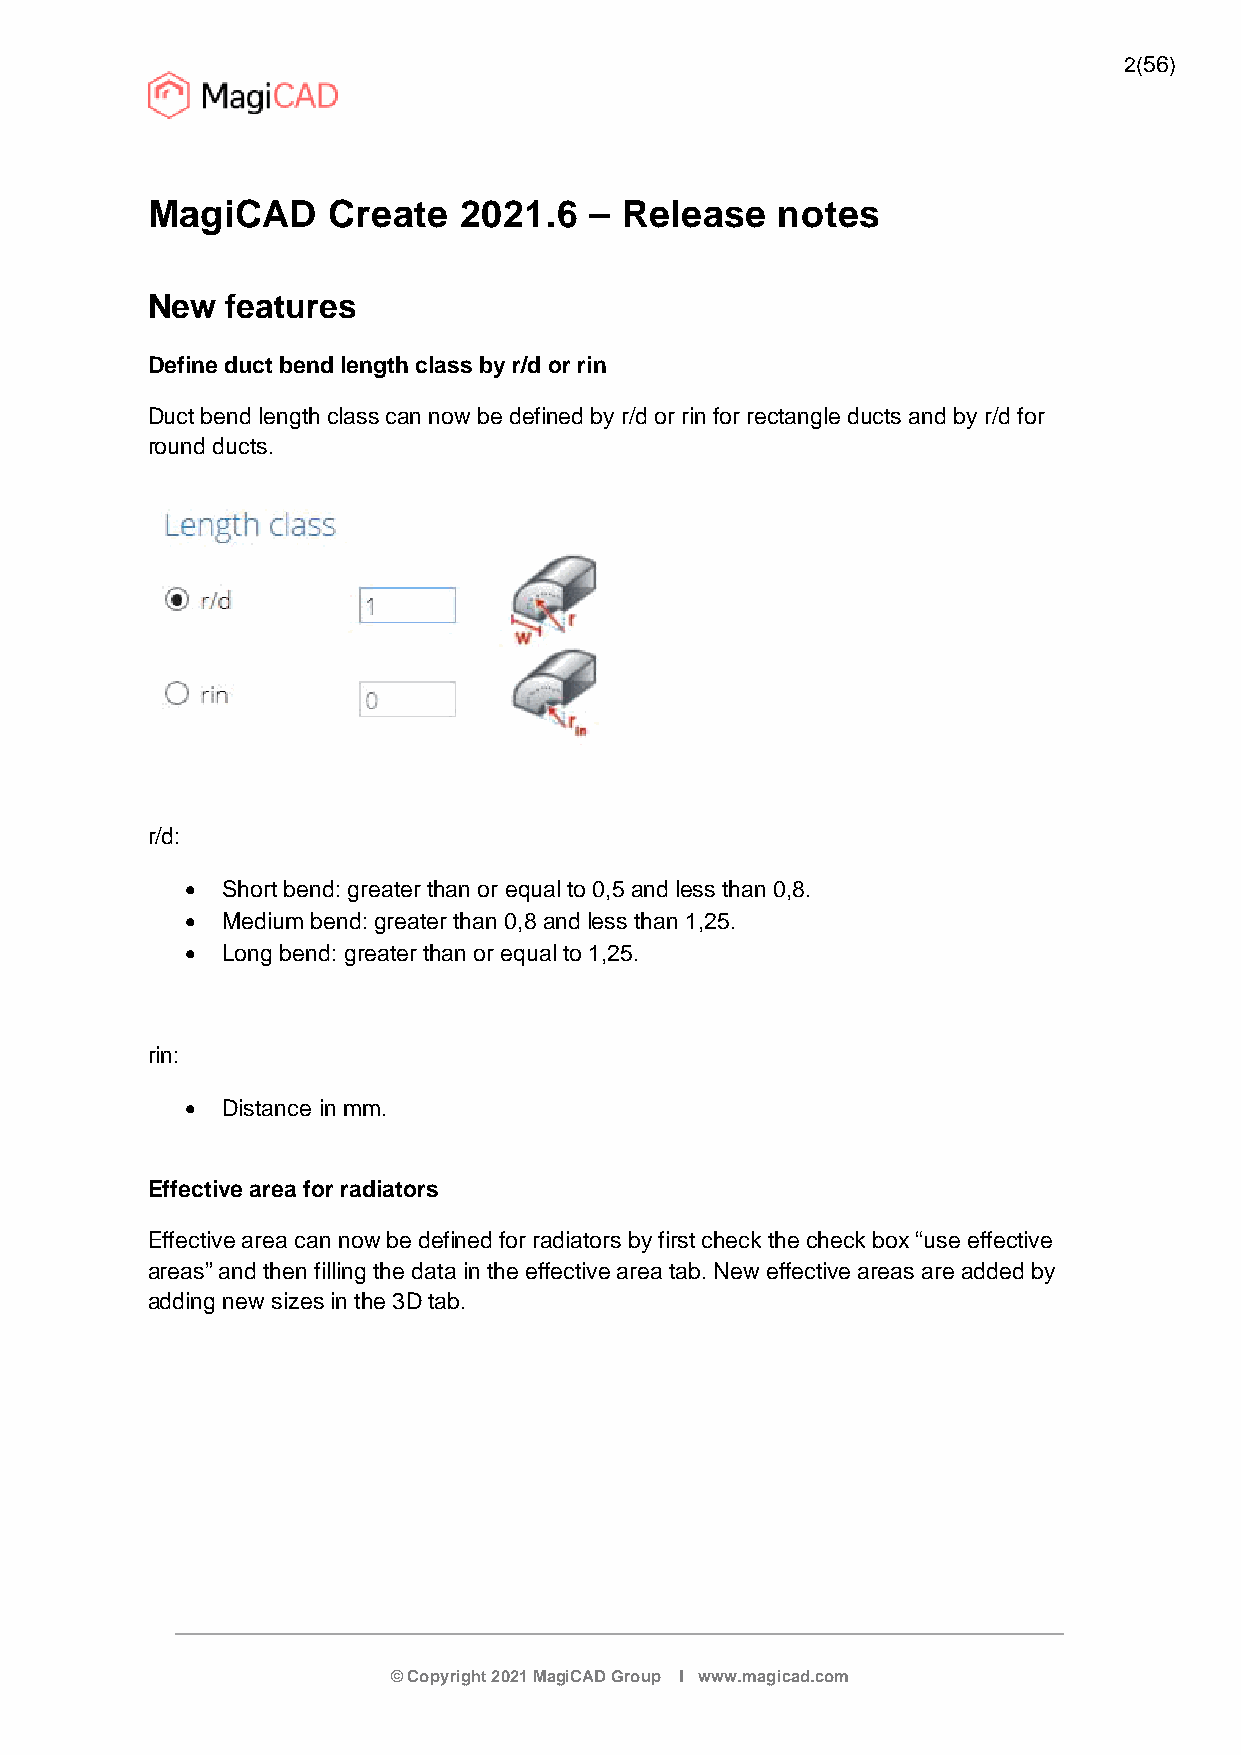
2(56)
 MagiCAD     Create  2021.6   – Release   notes
 New  features
 Define duct bend length class by r/d or rin
 Duct bend length class can now be defined by r/d or rin for rectangle ducts and by r/d for
 round ducts.
 r/d:
   Short bend: greater than or equal to 0,5 and less than 0,8.
   Medium bend: greater than 0,8 and less than 1,25.
   Long bend: greater than or equal to 1,25.
 rin:
   Distance in mm.
 Effective area for radiators
 Effective area can now be defined for radiators by first check the check box “use effective
 areas” and then filling the data in the effective area tab. New effective areas are added by
 adding new sizes in the 3D tab.
 © Copyright 2021 MagiCAD Group I www.magicad.com